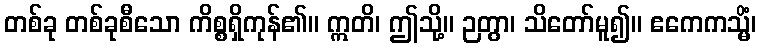
တစ်ခု တစ်ခုစီသော ကိစ္စရှိကုန်၏။ ဣတိ၊ ဤသို့။ ဉတွာ၊ သိတော်မူ၍။ ဧကေကသ္မိံ၊